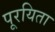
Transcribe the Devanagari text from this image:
पूरयिता